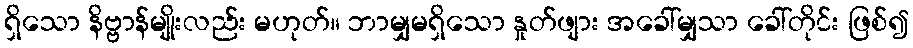
ရှိသော နိဗ္ဗာန်မျိုးလည်း မဟုတ်။ ဘာမျှမရှိသော နှုတ်ဖျား အခေါ်မျှသာ ခေါ်တိုင်း ဖြစ်၍